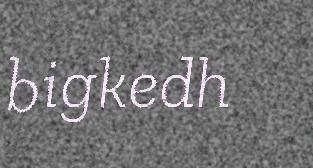
bigkedh